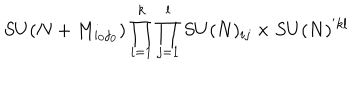
S U ( N + M _ { i _ { 0 } j _ { 0 } } ) \prod _ { i = 1 } ^ { k } \prod _ { j = 1 } ^ { l } S U ( N ) _ { i j } \times S U ( N ) ^ { ' k l }